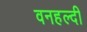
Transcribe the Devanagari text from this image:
वनहल्दी